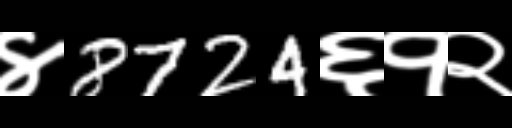
Text: ४8724६१२